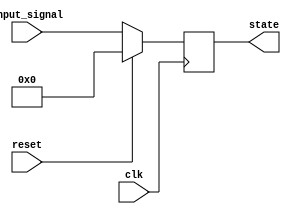
module synchronous_reset (
    input wire clk,          // Clock signal
    input wire reset,        // Reset signal
    input wire [3:0] input_signal, // Example input signal for state transition
    output reg [3:0] state   // State output
);

// Define the reset value
localparam RESET_VALUE = 4'b0000;

// State transition logic
always @(posedge clk) begin
    if (reset) begin
        // Synchronous reset: set state to predefined value
        state <= RESET_VALUE;
    end else begin
        // Normal operation: update state based on input_signal
        // Example state transition logic (can be modified as needed)
        state <= input_signal; // Simple assignment for demonstration
    end
end

endmodule